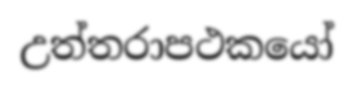
උත්තරාපථකයෝ